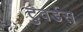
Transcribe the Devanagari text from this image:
टुवर्डस